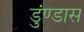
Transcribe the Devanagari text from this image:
डुंण्डास